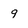
Character: 9